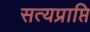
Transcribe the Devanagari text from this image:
सत्यप्राप्ति